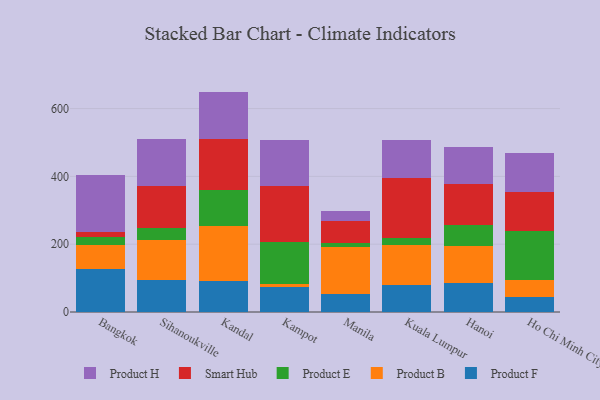
{"axis": {"x": "City", "y": "Gross Profit (USD K)"}, "legend": ["Product B", "Product E", "Product F", "Product H", "Smart Hub"], "data": [{"x": "Bangkok", "y": 128.1, "type": "Product F"}, {"x": "Bangkok", "y": 70.7, "type": "Product B"}, {"x": "Bangkok", "y": 22.5, "type": "Product E"}, {"x": "Bangkok", "y": 15.1, "type": "Smart Hub"}, {"x": "Bangkok", "y": 166.5, "type": "Product H"}, {"x": "Sihanoukville", "y": 94.1, "type": "Product F"}, {"x": "Sihanoukville", "y": 118.7, "type": "Product B"}, {"x": "Sihanoukville", "y": 34.5, "type": "Product E"}, {"x": "Sihanoukville", "y": 123.5, "type": "Smart Hub"}, {"x": "Sihanoukville", "y": 139.5, "type": "Product H"}, {"x": "Kandal", "y": 92.0, "type": "Product F"}, {"x": "Kandal", "y": 160.3, "type": "Product B"}, {"x": "Kandal", "y": 108.4, "type": "Product E"}, {"x": "Kandal", "y": 149.3, "type": "Smart Hub"}, {"x": "Kandal", "y": 140.0, "type": "Product H"}, {"x": "Kampot", "y": 74.1, "type": "Product F"}, {"x": "Kampot", "y": 8.5, "type": "Product B"}, {"x": "Kampot", "y": 122.4, "type": "Product E"}, {"x": "Kampot", "y": 166.1, "type": "Smart Hub"}, {"x": "Kampot", "y": 135.6, "type": "Product H"}, {"x": "Manila", "y": 53.6, "type": "Product F"}, {"x": "Manila", "y": 139.4, "type": "Product B"}, {"x": "Manila", "y": 10.1, "type": "Product E"}, {"x": "Manila", "y": 65.6, "type": "Smart Hub"}, {"x": "Manila", "y": 30.3, "type": "Product H"}, {"x": "Kuala Lumpur", "y": 78.9, "type": "Product F"}, {"x": "Kuala Lumpur", "y": 119.7, "type": "Product B"}, {"x": "Kuala Lumpur", "y": 18.4, "type": "Product E"}, {"x": "Kuala Lumpur", "y": 178.8, "type": "Smart Hub"}, {"x": "Kuala Lumpur", "y": 112.9, "type": "Product H"}, {"x": "Hanoi", "y": 86.3, "type": "Product F"}, {"x": "Hanoi", "y": 109.1, "type": "Product B"}, {"x": "Hanoi", "y": 59.8, "type": "Product E"}, {"x": "Hanoi", "y": 122.8, "type": "Smart Hub"}, {"x": "Hanoi", "y": 109.2, "type": "Product H"}, {"x": "Ho Chi Minh City", "y": 43.9, "type": "Product F"}, {"x": "Ho Chi Minh City", "y": 49.7, "type": "Product B"}, {"x": "Ho Chi Minh City", "y": 146.3, "type": "Product E"}, {"x": "Ho Chi Minh City", "y": 115.2, "type": "Smart Hub"}, {"x": "Ho Chi Minh City", "y": 115.2, "type": "Product H"}]}